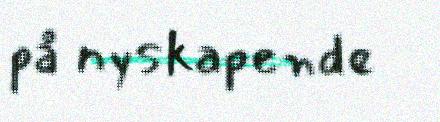
på nyskapende